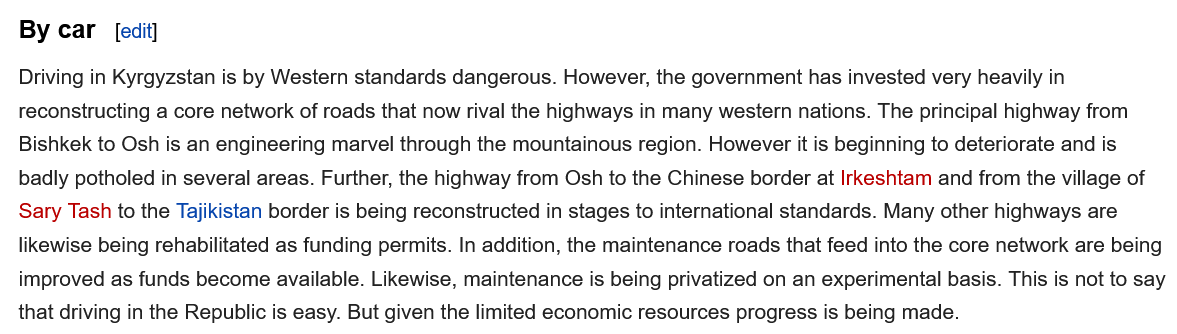
Driving in Kyrgyzstan is by Western standards dangerous. However, the government has invested very heavily in
  reconstructing a core network of roads that now rival the highways in many western nations. The principal highway from
  Bishkek to Osh is an engineering marvel through the mountainous region. However it is beginning to deteriorate and is
  badly potholed in several areas. Further, the highway from Osh to the Chinese border at Irkeshtam and from the village of
  Sary Tash to the Tajikistan border is being reconstructed in stages to international standards. Many other highways are
  likewise being rehabilitated as funding permits. In addition, the maintenance roads that feed into the core network are being
  improved as funds become available. Likewise, maintenance is being privatized on an experimental basis. This is not to say
  that driving in the Republic is easy. But given the limited economic resources progress is being made.
     [edit] By car